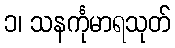
၁၊ သနင်္ကုမာရသုတ်